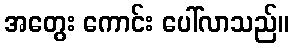
အတွေး ကောင်း ပေါ်လာသည်။